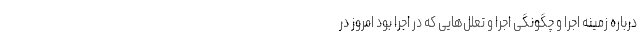
درباره زمینه اجرا و چگونگی اجرا و تعلل‌هایی که در اجرا بود امروز در